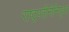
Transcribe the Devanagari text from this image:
राष्ट्रपतींनीनियुक्त